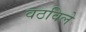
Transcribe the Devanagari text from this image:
वठविले